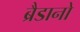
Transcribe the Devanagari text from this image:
ब्रैडानो